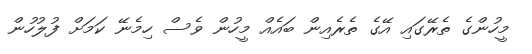
މީހުންގެ ތެރޭގައި އޭގެ ތެރެއިން ބައެއް މީހުން ވެސް ހިމެނޭ ކަމަށް ފުލުހުން